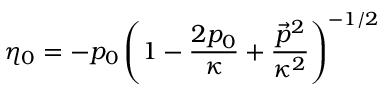
\eta _ { 0 } = - p _ { 0 } \left( 1 - \frac { 2 p _ { 0 } } { \kappa } + \frac { \vec { p } ^ { 2 } } { \kappa ^ { 2 } } \right) ^ { - 1 / 2 }